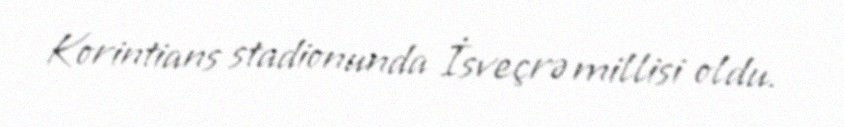
Korintians stadionunda İsveçrə millisi oldu.